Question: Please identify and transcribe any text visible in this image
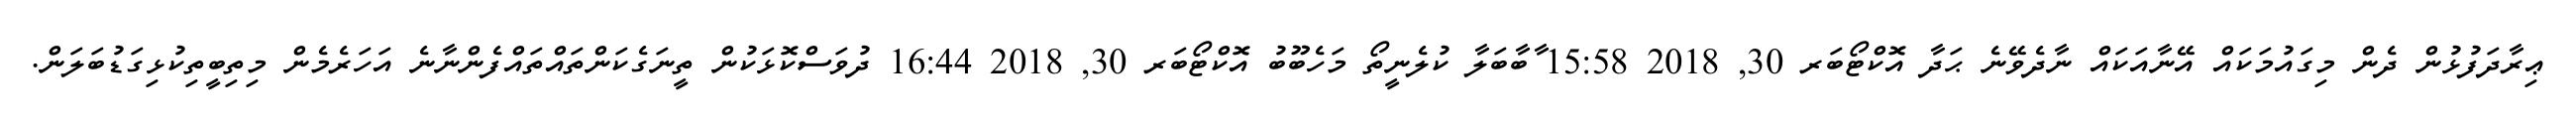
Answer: ޢިރާދަފުޅުން ދެން މިގައުމަކައް އޭނާއަކައް ނާދެވޭނެ ޙަދާ އޮކްޓޯބަރ 30, 2018 15:58 ާބާބަލާ ކުލެނީތޯ މަހެބޫބު އޮކްޓޯބަރ 30, 2018 16:44 ދުވަސްކޮޅަކުން ތީނަގެކަންތައްތައްފެންނާނެ އަހަރެމެން މިތިބީތިކުޅިގަޑުބަލަން.